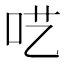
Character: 呓